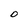
Character: O